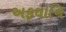
અફઘાનિ